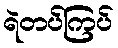
ရဲတပ်ကြပ်